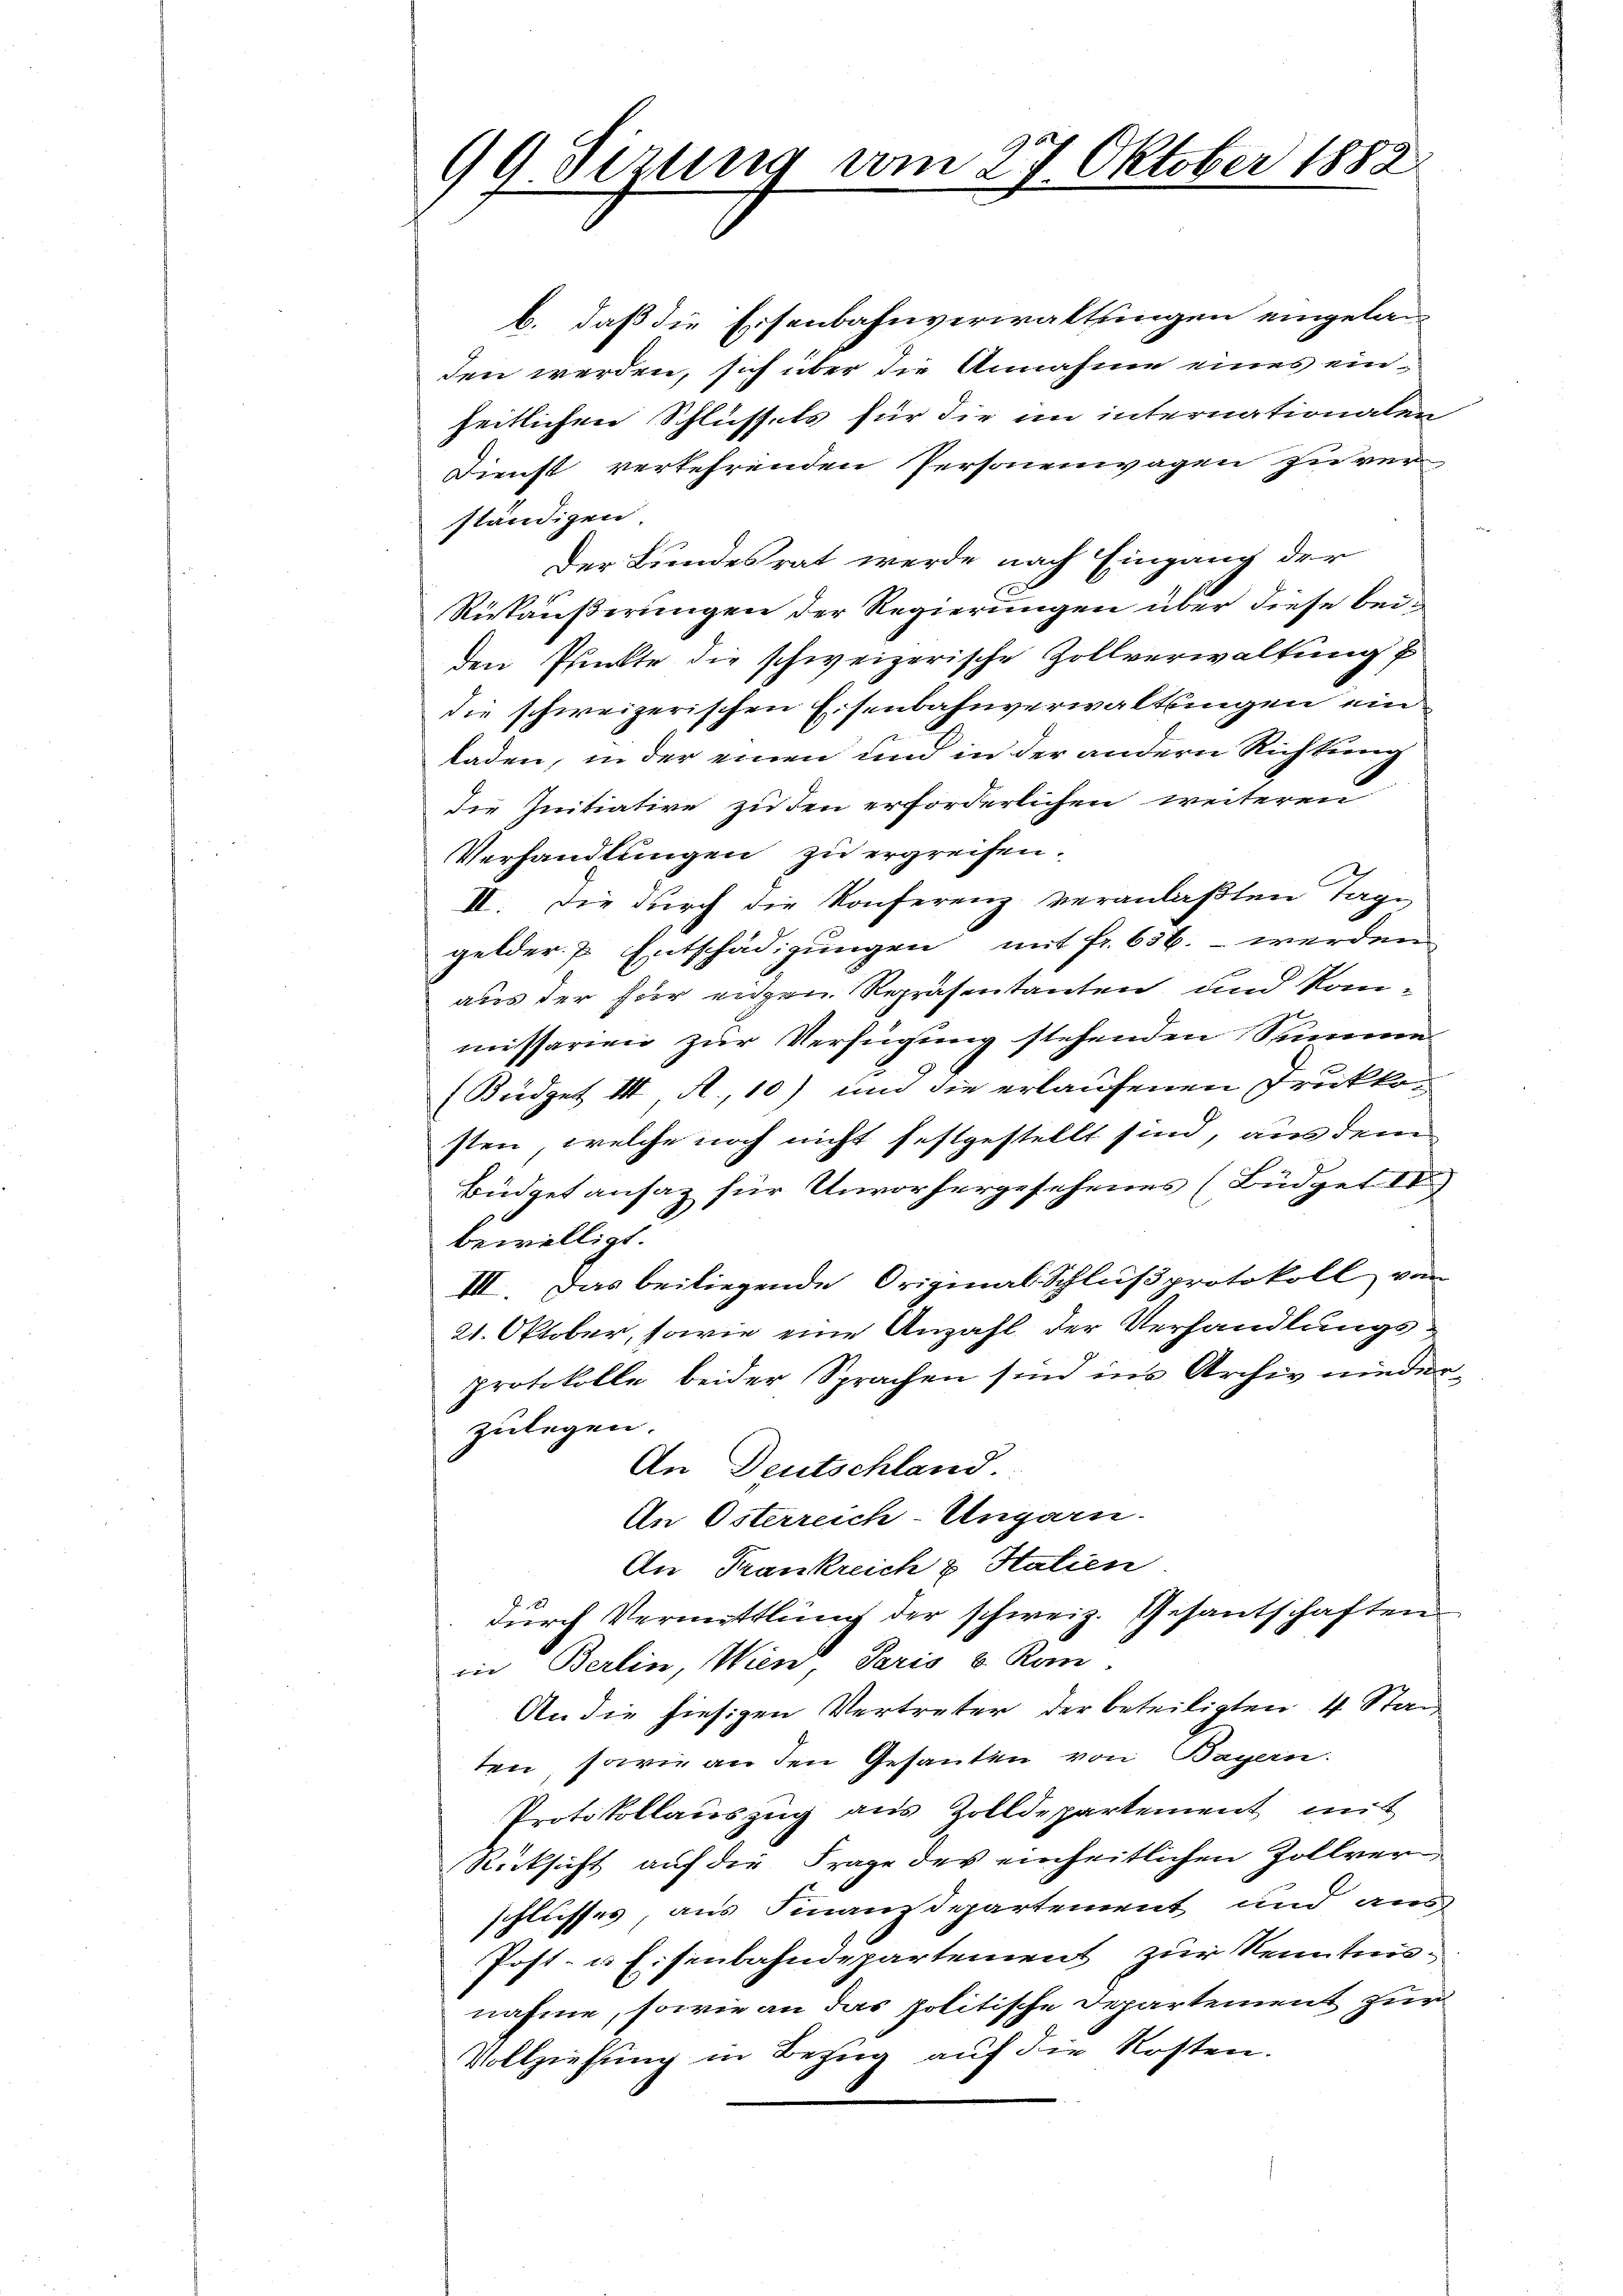
99. Sezung vom 27. Oktober 1882

b. daß die Eisenbahnverwaltungen eingelan
den werden, sich über die Annahme eines einheitlichen Schlüssels für die im internationalen
Dienst verkehrenden Personenwagen zu ver
ständigen.
Der Bundesrat werde nach Eingang der
Riskäußerungen der Regierungen über diese beiden Pfunkte die schweizerische Zollverwaltung u
die schweizerischen Eisenbahnverwaltungen ein
laden, in der einen und in der andern Richtung
die Initiative zu den erforderlichen weiteren
Verhandlungen zu ergreifen.
II. Die durch die Konferenz veranlaßten Tage
gelder Entschädigungen mit fr. 656. werden
aus der für eigen Repräsentanten und Kommissarien zur Verfügung stehenden Summe
(Büdget III A., 10) und die erlaufenen Drukkosten, welche noch nicht festgestellt sind, aus dem
Büdgetansaz für Unvorhergesehenes (Büdget
bewilligt.
III. Das beiliegende Original Schlußprotokoll von
21. Oktober, sowie eine Anzahl der Verhandlungsprotokolle beider Sprachen sind ins Archiv niederzulegen.
An Deutschland.
An Österreich-Ungarn.
An Frankreich & Statien
dŭrch Vermittlung der schweiz. Gesantschaften
in Berlin, Wien Paris v. Ran
An die hiesigen Vertreter der beteiligten 4 Stad
ten, sowie an den Gesanten von Bayern.
Protokollauszug aus Zolldepartement mit
Rücksicht auf die Frage der einheitlichen Zollverschlusses, aus Finanzdepartement und aus
Post- u Eisenbahndepartement zur Kenntnis-
nahme, sowie an das politische Departement zur
Vollziehung in Bezug auf die Kosten.